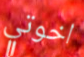
اخوتي